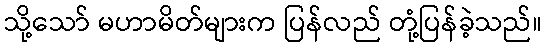
သို့သော် မဟာမိတ်များက ပြန်လည် တုံ့ပြန်ခဲ့သည်။